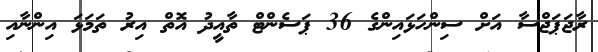
ރާޖަޕަޖްސާ އަށް ސިންހަޅައިންގެ 36 ޕަސެންޓް ތާއީދު އޮތް އިރު ތަަމަޅަ އިންނާއި